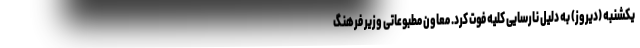
یکشنبه (دیروز) به دلیل نارسایی کلیه فوت کرد. معاون مطبوعاتی وزیر فرهنگ